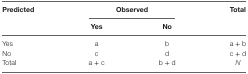
<table><thead><tr><td rowspan="2"><b>Predicted</b></td><td colspan="2"><b>Observed</b></td><td rowspan="2"><b>Total</b></td></tr><tr><td><b>Yes</b></td><td><b>No</b></td></tr></thead><tbody><tr><td>Yes</td><td>a</td><td>b</td><td>a + b</td></tr><tr><td>No</td><td>c</td><td>d</td><td>c + d</td></tr><tr><td>Total</td><td>a + c</td><td>b + d</td><td><i>N</i></td></tr></tbody></table>